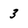
Character: 3